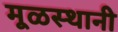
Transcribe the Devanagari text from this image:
मूळस्थानी